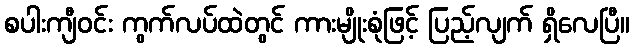
စပါးကျီဝင်း ကွက်လပ်ထဲတွင် ကားမျိုးစုံဖြင့် ပြည့်လျက် ရှိလေပြီ။